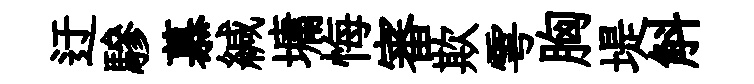
迂驂慕緘墉悔審欺雩胸堤斛